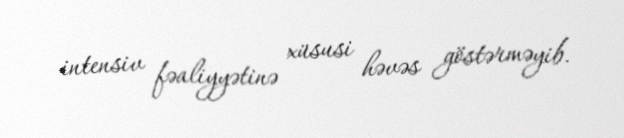
intensiv fəaliyyətinə xüsusi həvəs göstərməyib.